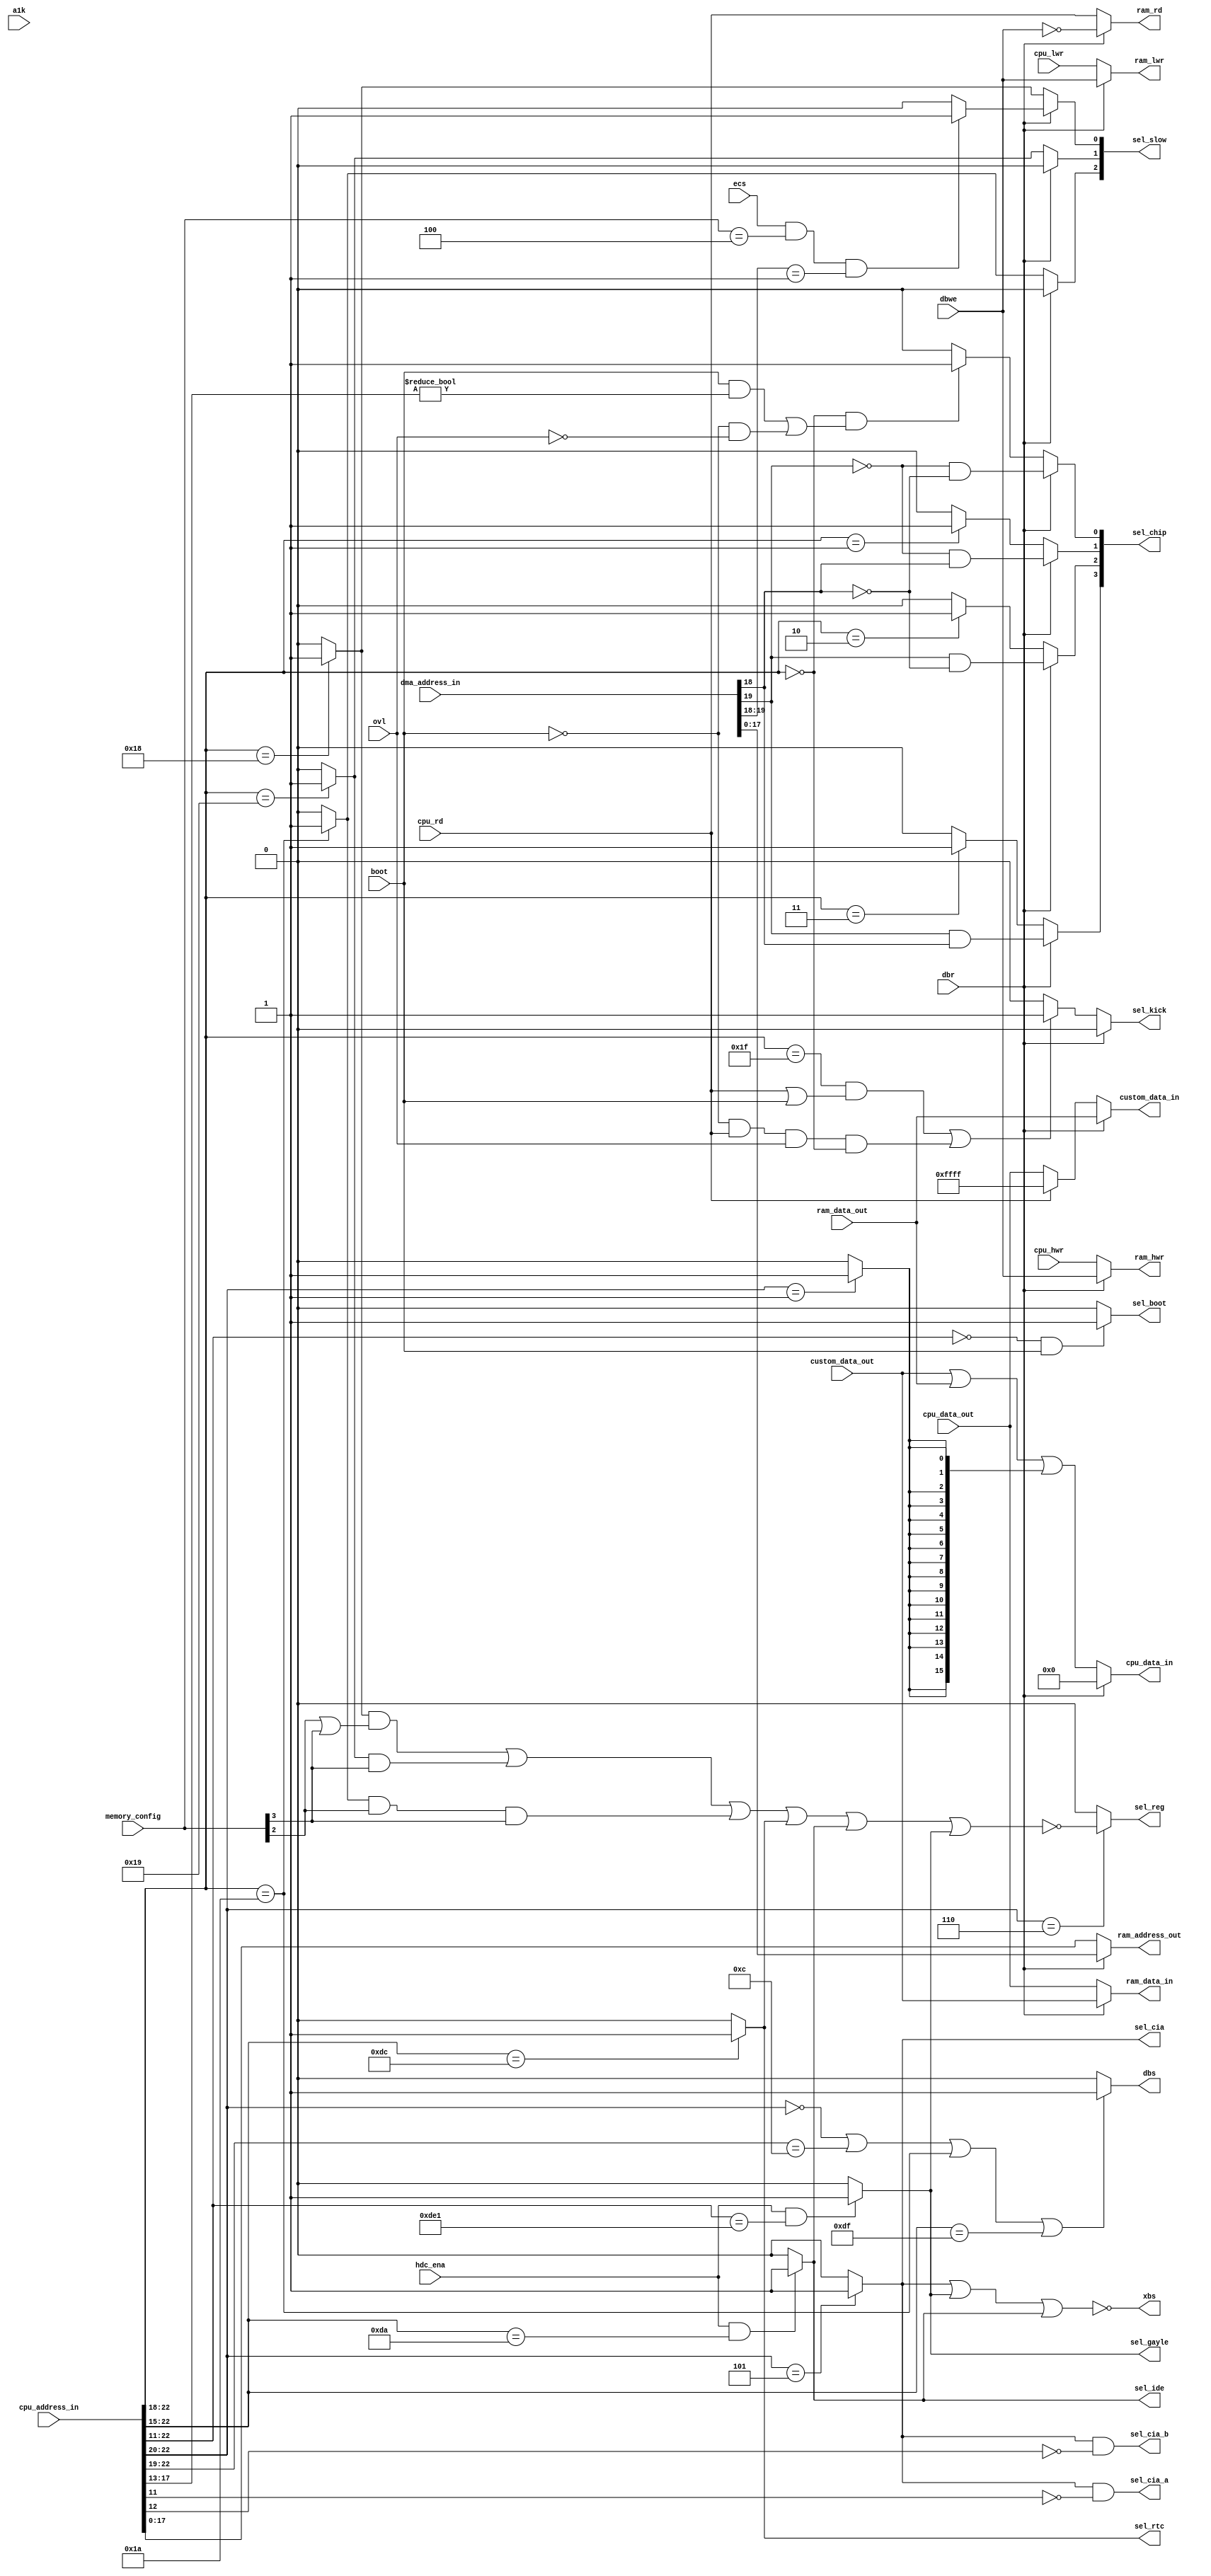
// Copyright 2006, 2007 Dennis van Weeren
//
// This file is part of Minimig
//
// Minimig is free software; you can redistribute it and/or modify
// it under the terms of the GNU General Public License as published by
// the Free Software Foundation; either version 3 of the License, or
// (at your option) any later version.
//
// Minimig is distributed in the hope that it will be useful,
// but WITHOUT ANY WARRANTY; without even the implied warranty of
// MERCHANTABILITY or FITNESS FOR A PARTICULAR PURPOSE.  See the
// GNU General Public License for more details.
//
// You should have received a copy of the GNU General Public License
// along with this program.  If not, see <http://www.gnu.org/licenses/>.
//
//
//
// This is Gary
// It is the equivalent of Gary in a real Amiga
// Gary handles the address decoding and cpu/chip bus multiplexing
// Gary handles kickstart area and bootrom overlay
// Gary handles CIA e clock synchronization
//
// 20-12-2005	- started coding
// 21-12-2005	- done more coding
// 25-12-2005	- changed blitter nasty handling
// 15-01-2006	- fixed sensitivity list
// 12-11-2006	- debugging for new Minimig rev1.0 board
// 17-11-2006	- removed debugging and added decode for $C0000 ram
// ----------
// JB:
// 2008-10-06	- added decoders for IDE and GAYLE register range
// 2008-10-15	- signal name change cpuok -> dbr
// 2009-05-23	- better timing model for CIA interface
// 2009-05-24	- clean-up & renaming
// 2009-05-25	- ram, cpu and custom chips bus multiplexer
// 2009-09-01	- fixed sel_kick
// 2010-08-15	- clean-up
//
// SB:
// 2010-10-18 - added special memory config like in A500 Rev.6 with 512kb + 512kb of memory
//
// AMR:
// 2012-03-23  - Added select for Akiko

module gary
(
	input 	[23:1] cpu_address_in,	//cpu address bus input
	input	[20:1] dma_address_in,	//agnus dma memory address input
	output	[18:1] ram_address_out, //ram address bus output
	input	[15:0] cpu_data_out,
	output	[15:0] cpu_data_in,
	input	[15:0] custom_data_out,
	output	[15:0] custom_data_in,
	input	[15:0] ram_data_out,
	output	[15:0] ram_data_in,
  input a1k,
	input	cpu_rd,					//cpu read
	input	cpu_hwr,				//cpu high write
	input	cpu_lwr,				//cpu low write
	
	input	ovl,					//overlay kickstart rom over chipram
	input	boot,					//overlay bootrom over chipram
	input	dbr,					//Agns takes the bus
	input	dbwe,					//Agnus does a write cycle
	output	dbs,					//data bus slow down
	output	xbs,					//cross bridge select, active dbr prevents access
	
	input	[3:0] memory_config,	//selected memory configuration
  input ecs,            // ECS chipset enable
	input	hdc_ena,				//enables hdd interface
	
	output	ram_rd,					//bus read
	output	ram_hwr,				//bus high write
	output	ram_lwr,				//bus low write
	
	output 	sel_reg,  				//select chip register bank
	output 	reg [3:0] sel_chip, 	//select chip memory
	output	reg [2:0] sel_slow,		//select slowfast memory ($C0000)
	output 	reg sel_kick,		    //select kickstart rom
	output	sel_boot,				//select boot room
	output	sel_cia,				//select CIA space
	output 	sel_cia_a,				//select cia A
	output 	sel_cia_b, 				//select cia B
	output	sel_rtc,				//select $DCxxxx
	output	sel_ide,				//select $DAxxxx
	output	sel_gayle				//select $DExxxx
);

wire	[2:0] t_sel_slow;
wire	sel_xram;
wire	sel_bank_1; 				// $200000-$3FFFFF

//--------------------------------------------------------------------------------------

assign ram_data_in = dbr ? custom_data_out : cpu_data_out;

assign custom_data_in = dbr ? ram_data_out : cpu_rd ? 16'hFFFF : cpu_data_out;

assign cpu_data_in = dbr ? 16'h00_00 : custom_data_out | ram_data_out | {16{sel_bank_1}};

//read write control signals
assign ram_rd  = dbr ? ~dbwe : cpu_rd;
assign ram_hwr = dbr ?  dbwe : cpu_hwr;
assign ram_lwr = dbr ?  dbwe : cpu_lwr;

//--------------------------------------------------------------------------------------

// ram address multiplexer (512KB bank)		
assign ram_address_out = dbr ? dma_address_in[18:1] : cpu_address_in[18:1];

//--------------------------------------------------------------------------------------

//chipram, kickstart and bootrom address decode
always @(dbr or dma_address_in or cpu_address_in or cpu_rd or boot or ovl or t_sel_slow or ecs or memory_config)
begin
	if (dbr)//agnus only accesses chipram
	begin
		sel_chip[0] = ~dma_address_in[20] & ~dma_address_in[19];
		sel_chip[1] = ~dma_address_in[20] &  dma_address_in[19];
		sel_chip[2] =  dma_address_in[20] & ~dma_address_in[19];
		sel_chip[3] =  dma_address_in[20] &  dma_address_in[19];
		sel_slow[0] = ( ecs && memory_config==4'b0100 && dma_address_in[20:19]==2'b01) ? 1'b1 : 1'b0;
		sel_slow[1] = 1'b0;
		sel_slow[2] = 1'b0;
		sel_kick    = 1'b0;
	end
	else
	begin
		sel_chip[0] = cpu_address_in[23:19]==5'b0000_0 && ((boot && cpu_address_in[18:14]!=5'b000_00) || (!boot && !ovl)) ? 1'b1 : 1'b0;
		sel_chip[1] = cpu_address_in[23:19]==5'b0000_1 ? 1'b1 : 1'b0;
		sel_chip[2] = cpu_address_in[23:19]==5'b0001_0 ? 1'b1 : 1'b0;
		sel_chip[3] = cpu_address_in[23:19]==5'b0001_1 ? 1'b1 : 1'b0;
		sel_slow[0] = t_sel_slow[0];
		sel_slow[1] = t_sel_slow[1];
		sel_slow[2] = t_sel_slow[2];
		sel_kick    = (cpu_address_in[23:19]==5'b1111_1 && (cpu_rd || boot)) || (!boot && cpu_rd && ovl && cpu_address_in[23:19]==5'b0000_0) ? 1'b1 : 1'b0; //$F80000 - $FFFFF
	end
end

assign t_sel_slow[0] = cpu_address_in[23:19]==5'b1100_0 ? 1'b1 : 1'b0; //$C00000 - $C7FFFF
assign t_sel_slow[1] = cpu_address_in[23:19]==5'b1100_1 ? 1'b1 : 1'b0; //$C80000 - $CFFFFF
assign t_sel_slow[2] = cpu_address_in[23:19]==5'b1101_0 ? 1'b1 : 1'b0; //$D00000 - $D7FFFF

// 512kb extra rom area at $e0 and $f0 write able only at a1k chipset mode
//assign t_sel_slow[2] = (cpu_address_in[23:19]==5'b1110_0 || cpu_address_in[23:19]==5'b1111_0) && (a1k | cpu_rd) ? 1'b1 : 1'b0; //$E00000 - $E7FFFF & $F00000 - $F7FFFF

assign sel_xram = ((t_sel_slow[0] & (memory_config[2] | memory_config[3]))
        | (t_sel_slow[1] & memory_config[3])
        | (t_sel_slow[2] & memory_config[2] & memory_config[3]));

assign sel_rtc = (cpu_address_in[23:16]==8'b1101_1100) ? 1'b1 : 1'b0;   //RTC registers at $DC0000 - $DCFFFF

assign sel_ide = hdc_ena && cpu_address_in[23:16]==8'b1101_1010 ? 1'b1 : 1'b0;		//IDE registers at $DA0000 - $DAFFFF	

assign sel_gayle = hdc_ena && cpu_address_in[23:12]==12'b1101_1110_0001 ? 1'b1 : 1'b0;		//GAYLE registers at $DE1000 - $DE1FFF

assign sel_reg = cpu_address_in[23:21]==3'b110 ? ~(sel_xram | sel_rtc | sel_ide | sel_gayle) : 1'b0;		//chip registers at $DF0000 - $DFFFFF

assign sel_cia = cpu_address_in[23:21]==3'b101 ? 1'b1 : 1'b0;

//cia a address decode
assign sel_cia_a = sel_cia & ~cpu_address_in[12];

//cia b address decode
assign sel_cia_b = sel_cia & ~cpu_address_in[13];

assign sel_boot = cpu_address_in[23:12]==0 && boot ? 1'b1 : 1'b0;

assign sel_bank_1 = cpu_address_in[23:21]==3'b001 ? 1'b1 : 1'b0;

//data bus slow down

assign dbs = cpu_address_in[23:21]==3'b000 || cpu_address_in[23:20]==4'b1100 || cpu_address_in[23:19]==5'b1101_0 || cpu_address_in[23:16]==8'b1101_1111 ? 1'b1 : 1'b0;

assign xbs = ~(sel_cia | sel_gayle | sel_ide);

endmodule